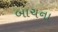
બાચના